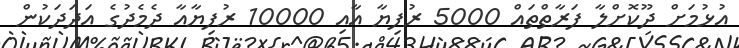
އުޅުމަށް ދޫކޮށްލާ ފަރާތްތައް 5000 ރުފިޔާ އާއި 10000 ރުފިޔާއާ ދެމެދުގެ އަދަދަކުން